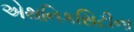
એથનિકસિટીના